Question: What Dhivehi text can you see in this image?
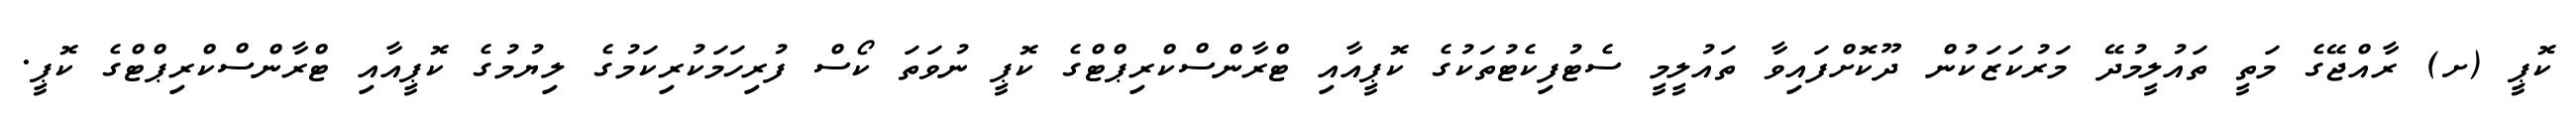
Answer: ކޮޕީ (ށ) ރާއްޖޭގެ މަތީ ތައުލީމުދޭ މަރުކަޒަކުން ދޫކޮށްފައިވާ ތައުލީމީ ސެޓުފިކެޓުތަކުގެ ކޮޕީއާއި ޓްރާންސްކްރިޕްޓްގެ ކޮޕީ ނުވަތަ ކޯސް ފުރިހަމަކުރިކަމުގެ ލިޔުމުގެ ކޮޕީއާއި ޓްރާންސްކްރިޕްޓްގެ ކޮޕީ.